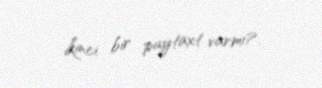
ikinci bir paytaxt varmı?.